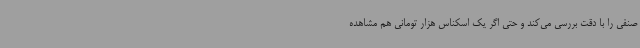
صنفی را با دقت بررسی می‌کند و حتی اگر یک اسکناس هزار تومانی هم مشاهده